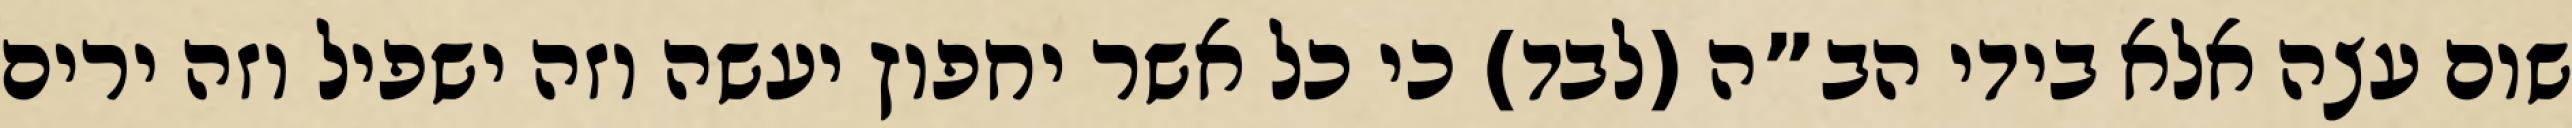
שום עצה אלא בידי הב”ה (לבד) כי כל אשר יחפוץ יעשה וזה ישפיל וזה ירים